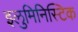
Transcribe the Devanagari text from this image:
इलुमिनिस्टिक